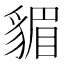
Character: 𧳬